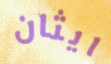
ايثان